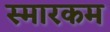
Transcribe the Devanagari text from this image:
स्मारकम